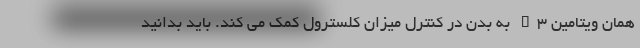
همان ویتامین B3 به بدن در کنترل میزان کلسترول کمک می کند. باید بدانید